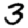
Digit: 3